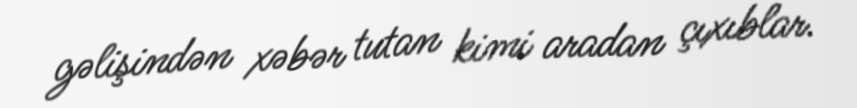
gəlişindən xəbər tutan kimi aradan çıxıblar.